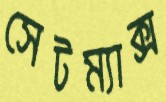
সেটম্যাক্স